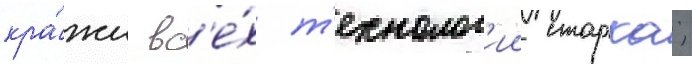
кра́жи вс'е́х т'ехнолог'ии старка;